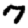
Digit: 7